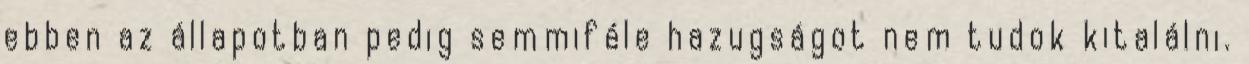
ebben az állapotban pedig semmiféle hazugságot nem tudok kitalálni.